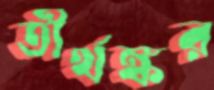
তীর্থঙ্কর